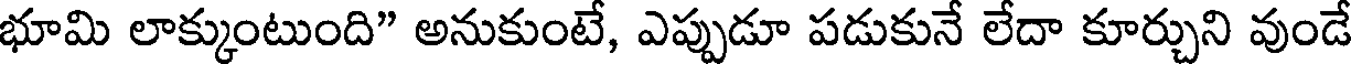
భూమి లాక్కుంటుంది" అనుకుంటే, ఎప్పుడూ పడుకునే లేదా కూర్చుని వుండే